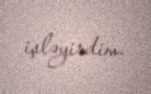
işləyirdim.